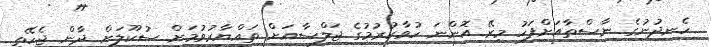
ހެނދުނުގެ ނާސްތާއަށްފަހު މިރޭ އޮންނަ ހުވާކުރުމުގެ ޖަލްސާއަށް ތައްޔާރުވުމަށް ސުކޫލަށް ދާން ޖެހޭތީ